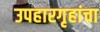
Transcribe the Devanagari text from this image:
उपहारगृहांचा